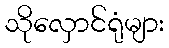
သိုလှောင်ရုံများ